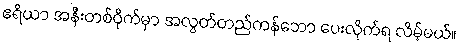
ဧရိယာ အနီးတစ်ဝိုက်မှာ အလွတ်တည်ကန်ဘော ပေးလိုက်ရ လိမ့်မယ်။